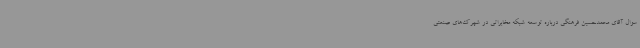
سوال آقای محمدحسین فرهنگی درباره توسعه شبکه مخابراتی در شهرک‌های صنعتی